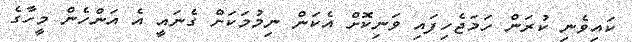
ކައިވެނި ކުރަން ހަމަޖެހިފައި ވަނިކޮށް އެކަން ނިމުމަކަށް ގެނައީ އެ އަންހެން މީހާގެ